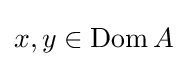
x,y\in \operatorname {Dom} A